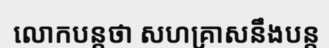
លោកបន្តថា សហគ្រាសនឹងបន្ត